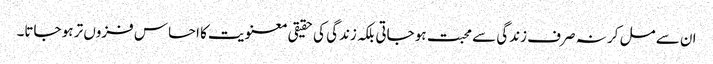
ان سے مل کر نہ صرف زندگی سے محبت ہو جاتی بلکہ زندگی کی حقیقی معنویت کا احساس فزوں تر ہو جاتا۔